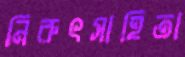
নিরুৎসাহিতা